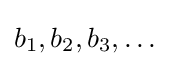
b_{1},b_{2},b_{3},\ldots